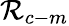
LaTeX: \mathcal{R}_{c-m}